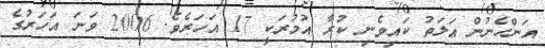
އަންހެނުން އަލަތު ކައިވެނި ކުރާ އުމުރަކީ 17 އަހަރެވެ. 2006 ވަނަ އަހަރުގެ